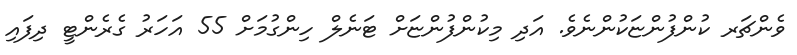
ވެންޗަރ ކުންފުންޏަކުންނެވެ. އަދި މިކުންފުންޏަށް ޓަނެލް ހިންގުމަށް 55 އަހަރު ގެރެންޓީ ދިފައި